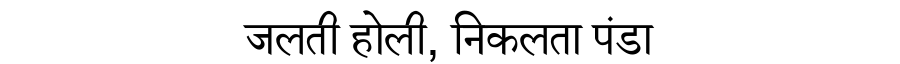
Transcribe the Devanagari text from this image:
जलती होली, निकलता पंडा